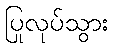
ပြုလုပ်သွား